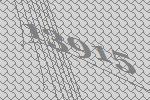
13915